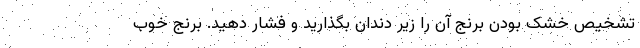
تشخیص خشک بودن برنج آن را زیر دندان بگذارید و فشار دهید. برنج خوب